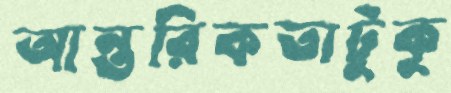
আন্তরিকতাটুকু